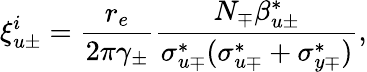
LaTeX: \xi_{u\pm}^{i}=\frac{r_{e}}{2\pi\gamma_{\pm}}\frac{N_{\mp}\beta_{u\pm}^{*}}{\sigma_{u\mp}^{*}(\sigma_{u\mp}^{*}+\sigma_{y\mp}^{*})},